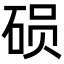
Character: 𬒍